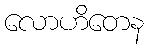
လောဟိတေန